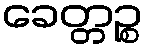
ခေတ္တဉ္စ